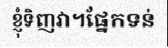
ខ្ញុំទិញវា។ផ្នែកទន់